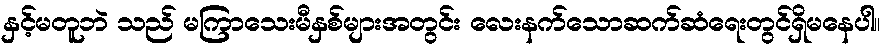
နှင့်မတူဘဲ သည် မကြာသေးမီနှစ်များအတွင်း လေးနက်သောဆက်ဆံရေးတွင်ရှိမနေပါ။